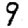
Digit: 9